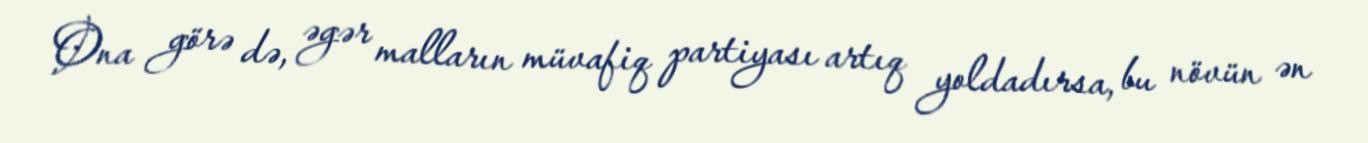
Ona görə də, əgər malların müvafiq partiyası artıq yoldadırsa, bu növün ən